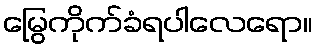
မြွေကိုက်ခံရပါလေရော။